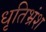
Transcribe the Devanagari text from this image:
धृतिभ्रंश